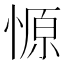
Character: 㥳